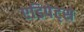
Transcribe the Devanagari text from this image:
एडिपेट्स